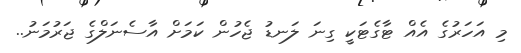
މި އަހަރުގެ އެއް ޓާގެޓަކީ ގިނަ ލަނޑު ޖެހުން ކަމަށް އާސެނަލްގެ ޖަރުމަނު..